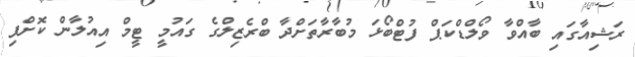
ރަޝިއާގައި ބާއްވާ ވޯލްޑްކަޕް ފުޓްބޯޅަ މުބާރާތަށްދާ ބްރެޒިލްގެ ގައުމީ ޓީމް އިއުލާން ކޮށްފި